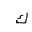
Letter: _kaf